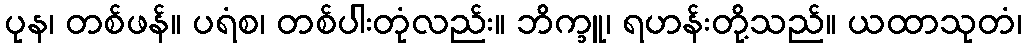
ပုန၊ တစ်ဖန်။ ပရံစ၊ တစ်ပါးတုံလည်း။ ဘိက္ခူ၊ ရဟန်းတို့သည်။ ယထာသုတံ၊